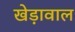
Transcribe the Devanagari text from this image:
खेड़ावाल